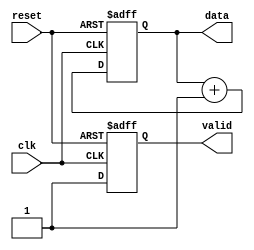
module producer (
    input wire clk,
    input wire reset,
    output reg [7:0] data,      // 8-bit data bus
    output reg valid            // Valid signal
);

    // State to generate data
    always @(posedge clk or posedge reset) begin
        if (reset) begin
            data <= 8'b0;
            valid <= 1'b0;
        end else begin
            // Generate new data and set valid high
            data <= data + 1; // Example data generation
            valid <= 1'b1;    // Indicate that data is valid
        end
    end

endmodule